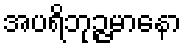
အပရိဘုဉ္ဇမာနော